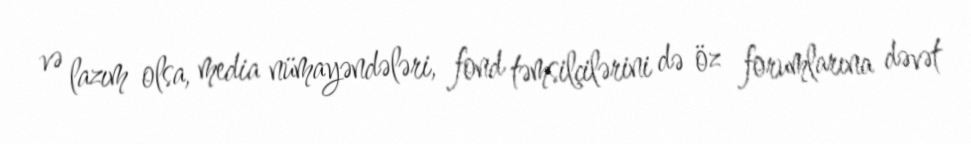
və lazım olsa, media nümayəndələri, fond təmsilçilərini də öz forumlarına dəvət